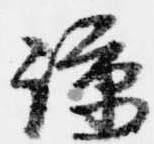
諒